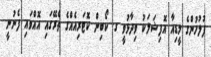
ފުލުހުންގެ މީޑިއާ އޮފިޝަލަކު ވިދާޅުވީ ގ. ކޯބިން ކޮޓަރިއެއްގެ ތެރޭގައި އޮއްވައި ފެނުނީ